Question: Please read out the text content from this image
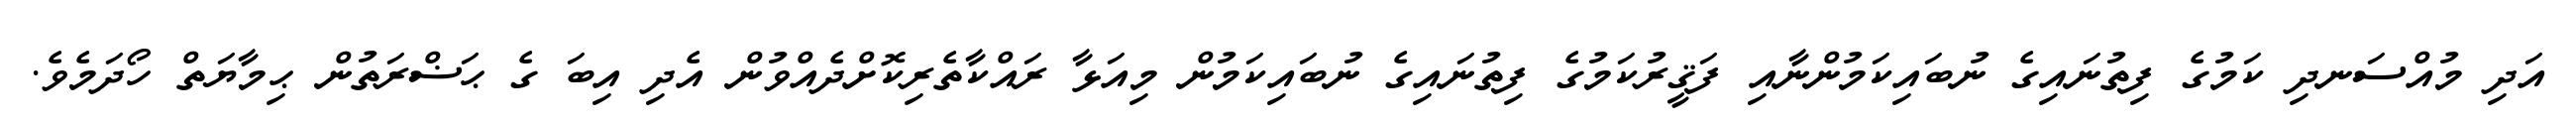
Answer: އަދި މުއްސަނދި ކަމުގެ ފިތުނައިގެ ނުބައިކަމުންނާއި ފަޤީރުކަމުގެ ފިތުނައިގެ ނުބައިކަމުން މިއަޅާ ރައްކާތެރިކޮށްދެއްވުން އެދި އިބަ ގެ ޙަޟްރަތުން ޙިމާޔަތް ހޯދަމެވެ.